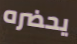
يحضره